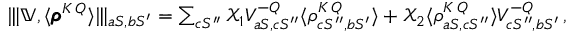
\begin{array} { r } { \interleave \mathbb { V } , \langle \pmb { \rho } ^ { K \, Q } \rangle \interleave _ { a S , b S ^ { \prime } } = \sum _ { c S ^ { \prime \prime } } \mathcal { X } _ { 1 } V _ { a S , c S ^ { \prime \prime } } ^ { - Q } \langle \rho _ { c S ^ { \prime \prime } , b S ^ { \prime } } ^ { K \, Q } \rangle + \mathcal { X } _ { 2 } \langle \rho _ { a S , c S ^ { \prime \prime } } ^ { K \, Q } \rangle V _ { c S ^ { \prime \prime } , b S ^ { \prime } } ^ { - Q } \, , } \end{array}